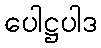
ပေါဋ္ဌပါဒ